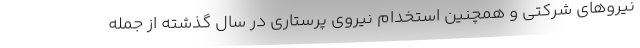
نیروهای شرکتی و همچنین استخدام نیروی پرستاری در سال گذشته از جمله